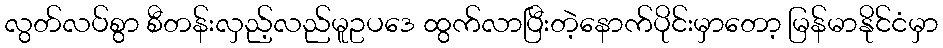
လွတ်လပ်စွာ စီတန်းလှည့်လည်မူဥပဒေ ထွက်လာပြီးတဲ့နောက်ပိုင်းမှာတော့ မြန်မာနိုင်ငံမှာ